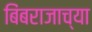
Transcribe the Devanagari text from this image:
बिंबराजाच्या